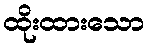
ထိုးထားသော